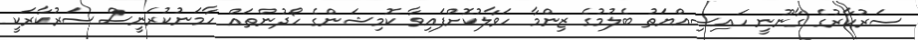
ސަރުކާރުގެ ގާނޫނީ ހައިސިއްޔަތު ބެލުމުގެ ޒިންމާ ހަވާލުކޮށްފައިވާ ކޮމިޝަންގެ ހޯދުންތައް ހާމަނުކުރަނީސް ސަރުކާރަކީ